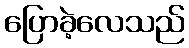
ပြောခဲ့လေသည်